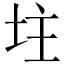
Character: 𡊲